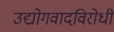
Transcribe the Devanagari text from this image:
उद्योगवादविरोधी